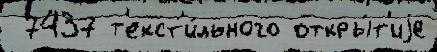
 7437 т'екст'и́льного откры́т'иjе